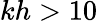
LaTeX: kh>10